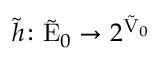
\tilde { h } \colon \tilde { \mathrm { E } } _ { 0 } \rightarrow 2 ^ { \tilde { \mathrm { V } } _ { 0 } }